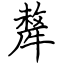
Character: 犛